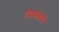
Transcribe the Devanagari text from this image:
देशसेवेचे